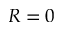
R = 0